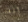
أنت